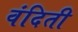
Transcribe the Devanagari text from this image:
वंदिती